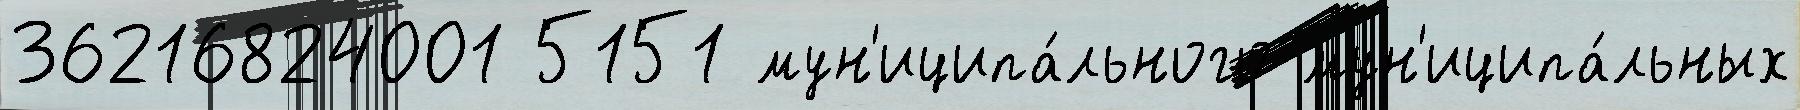
36216824001 5151 мун'иципа́льного мун'иципа́льных